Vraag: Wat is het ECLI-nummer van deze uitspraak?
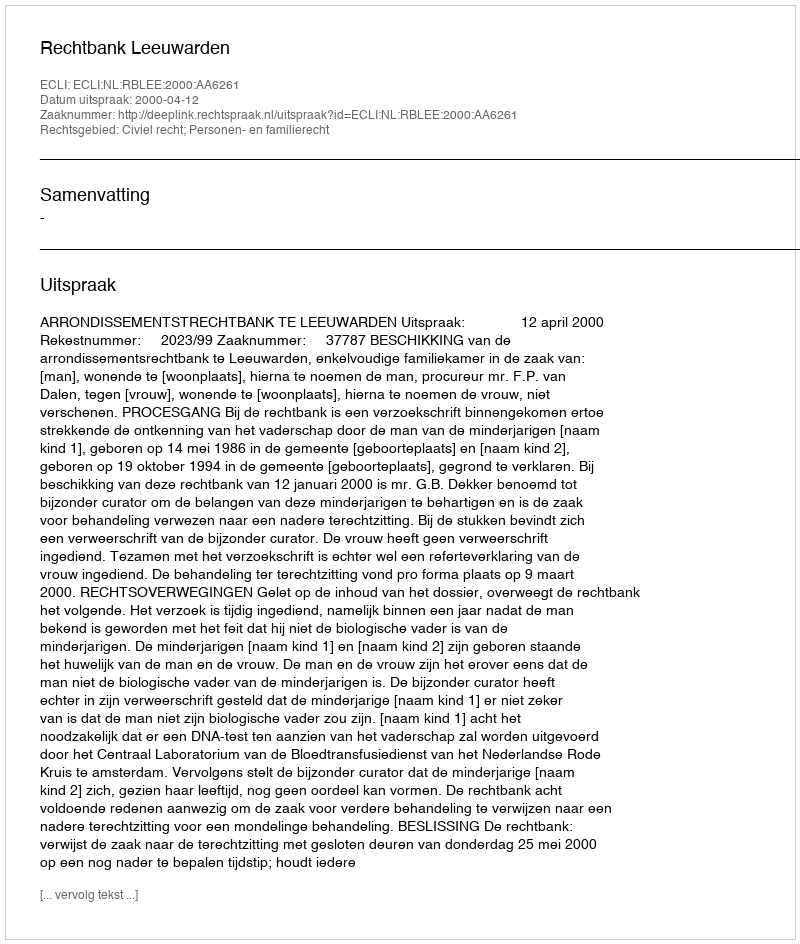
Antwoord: ECLI:NL:RBLEE:2000:AA6261